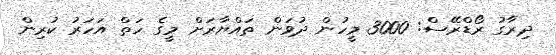
ދިރާގު ރޯޑްރޭސް: 3000 މީހުން ދުވަން ތައްޔާރަށް މީގެ ހަތް އަހަރު ކުރިން